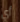
أي